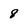
Character: 8